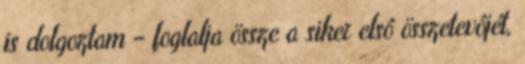
is dolgoztam – foglalja össze a siker elsô összetevôjét,